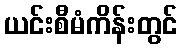
ယင်းစီမံကိန်းတွင်